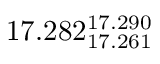
1 7 . 2 8 2 _ { 1 7 . 2 6 1 } ^ { 1 7 . 2 9 0 }